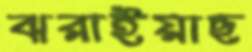
ঝরাইয়াছ